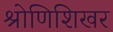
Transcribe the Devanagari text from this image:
श्रोणिशिखर